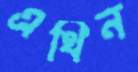
এথিন